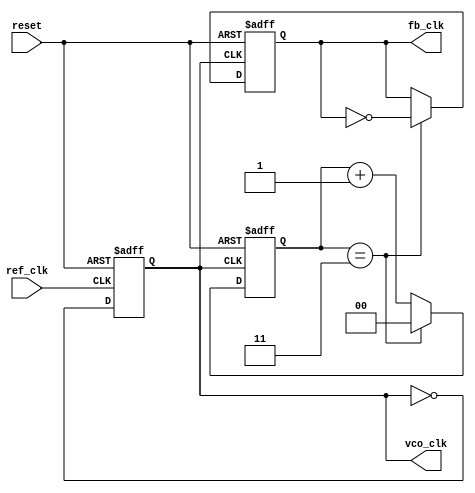
module pll (
    input wire      ref_clk,         // Reference Clock Input
    input wire      reset,           // Reset Signal
    output reg      vco_clk,         // VCO Clock Output
    output reg      fb_clk            // Feedback Clock Output (after division)
);

// Parameter Definitions
parameter integer DIV_RATIO = 4;      // Divider ratio for feedback
parameter integer VCO_MAX_FREQ = 100; // Max Frequency for VCO
parameter integer VCO_MIN_FREQ = 10;  // Min Frequency for VCO

// Internal Registers and Wires
reg [5:0] phase_error;                 // Phase error signal
reg [7:0] control_voltage;              // Control voltage for VCO
reg [7:0] vco_freq;                    // VCO Frequency
wire fb_clk_int;                       // Intermediate Feedback Clock Signal

// Phase Detector (PD)
always @(posedge ref_clk or posedge reset) begin
    if (reset) begin
        phase_error <= 0;
    end else begin
        // Simplified phase comparison (dummy implementation)
        if (vco_clk) begin
            phase_error <= phase_error + 1; // Increment if vco_clk is high
        end else begin
            phase_error <= phase_error - 1; // Decrement otherwise
        end
    end
end

// Loop Filter (simple integration)
always @(posedge ref_clk or posedge reset) begin
    if (reset) begin
        control_voltage <= 0;
    end else begin
        control_voltage <= control_voltage + phase_error[5:0]; // Simple integrative response
    end
end

// Voltage-Controlled Oscillator (VCO)
always @(posedge ref_clk or posedge reset) begin
    if (reset) begin
        vco_freq <= VCO_MIN_FREQ; // Start VCO at minimum frequency
        vco_clk <= 0;
    end else begin
        // Adjust frequency based on control voltage (simplified), scale to frequency range
        vco_freq <= VCO_MIN_FREQ + (control_voltage % (VCO_MAX_FREQ - VCO_MIN_FREQ));
        
        // Generating VCO clock signal based on computed frequency
        // For simplicity purposes, assume vco_clk toggles based on vco_freq
        vco_clk <= ~vco_clk; // In actual implementation, this will depend on vco_freq timing
    end
end

// Feedback Divider
reg [1:0] divider_counter = 0;

always @(posedge vco_clk or posedge reset) begin
    if (reset) begin
        fb_clk <= 0;
        divider_counter <= 0;
    end else begin
        if (divider_counter == DIV_RATIO - 1) begin
            fb_clk <= ~fb_clk;          // Toggle fb_clk every DIV_RATIO cycles
            divider_counter <= 0;       // Reset counter
        end else begin
            divider_counter <= divider_counter + 1;
        end
    end
end

endmodule